Annual report on the Civil Veterinary Department, Burma (including the Insein Veterinary School) - 1923-1931
Year: 1923
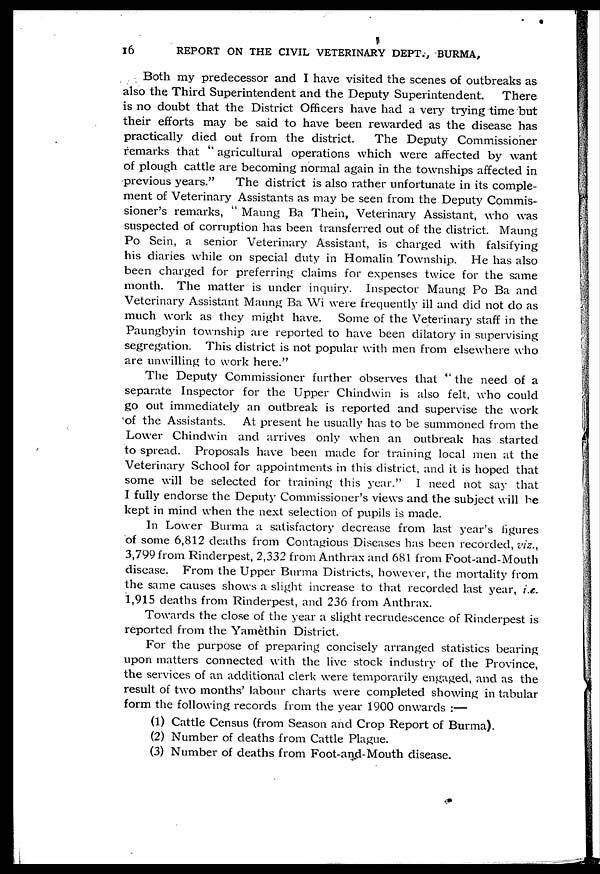
16
REPORT ON THE CIVIL VETERINARY DEPT., BURMA,
Both my predecessor and I have visited the scenes of outbreaks as
also the Third Superintendent and the Deputy Superintendent.
There
is no doubt that the District Officers have had a very trying time but
their efforts may be said to have been rewarded as the disease has
practically died out from the district.
The Deputy Commissioner
remarks that " agricultural operations which were affected by want
of plough cattle are becoming normal again in the townships affected in
previous years."
The district is also rather unfortunate in its comple-
ment of Veterinary Assistants as may be seen from the Deputy Commis-
sioner's remarks, " Maung Ba Thein, Veterinary Assistant, who was
suspected of corruption has been transferred out of the district. Maung
Po Sein, a senior Veterinary Assistant, is charged with falsifying
his diaries while on special duty in Homalin Township. He has also
been charged for preferring claims for expenses twice for the same
month. The matter is under inquiry. Inspector Maung Po Ba and
Veterinary Assistant Maung Ba Wi were frequently ill and did not do as
much work as they might have. Some of the Veterinary staff in the
Paungbyin township are reported to have been dilatory in supervising
segregation. This district is not popular with men from elsewhere who
are unwilling to work here."
The Deputy Commissioner further observes that " the need of a
separate Inspector for the Upper Chindwin is also felt, who could
go out immediately an outbreak is reported and supervise the work
of the Assistants.
At present he usually has to be summoned from the
Lower Chindwin and arrives only when an outbreak has started
to spread. Proposals have been made for training local men at the
Veterinary School for appointments in this district, and it is hoped that
some will be selected for training this year."
I need not say that
I fully endorse the Deputy Commissioner's views and the subject will be
kept in mind when the next selection of pupils is made.
In Lower Burma a satisfactory decrease from last year's figures
of some 6,812 deaths from Contagious Diseases has been recorded, viz.,
3,799 from Rinderpest, 2,332 from Anthrax and 681 from Foot-and-Mouth
disease. From the Upper Burma Districts, however, the mortality from
the same causes shows a slight increase to that recorded last year, i.e.
1,915 deaths from Rinderpest, and 236 from Anthrax.
Towards the close of the year a slight recrudescence of Rinderpest is
reported from the Yamethin District.
For the purpose of preparing concisely arranged statistics bearing
upon matters connected with the live stock industry of the Province,
the services of an additional clerk were temporarily engaged, and as the
result of two months' labour charts were completed showing in tabular
form the following records from the year 1900 onwards :—
(1) Cattle Census (from Season and Crop Report of Burma).
(2) Number of deaths from Cattle Plague.
(3) Number of deaths from Foot-and-Mouth disease.